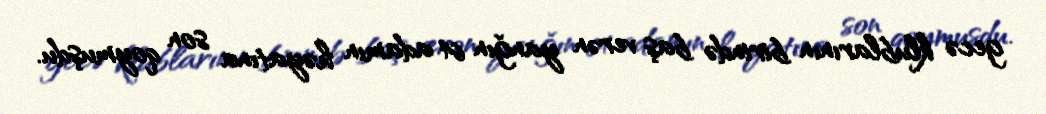
gecə klublarının birində baş verən yanğın 64 adamın həyatına son qoymuşdu.